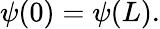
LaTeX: \psi(0)=\psi(L).